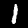
Label: 1